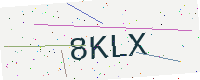
Text: 8KLX